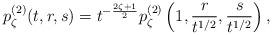
LaTeX: \begin{align*} p_\zeta^{(2)}(t,r,s) = t^{-\frac{2\zeta+1}{2}} p_\zeta^{(2)}\left(1,\frac{r}{t^{1/2}},\frac{s}{t^{1/2}}\right),\end{align*}